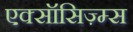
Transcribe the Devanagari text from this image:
एक्सॉसिज़्म्स